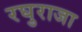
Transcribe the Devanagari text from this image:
रघुराजा